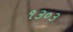
૧૩૦૩